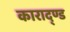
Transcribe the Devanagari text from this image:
काराद्ण्ड